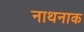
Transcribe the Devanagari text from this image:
नाथनाक